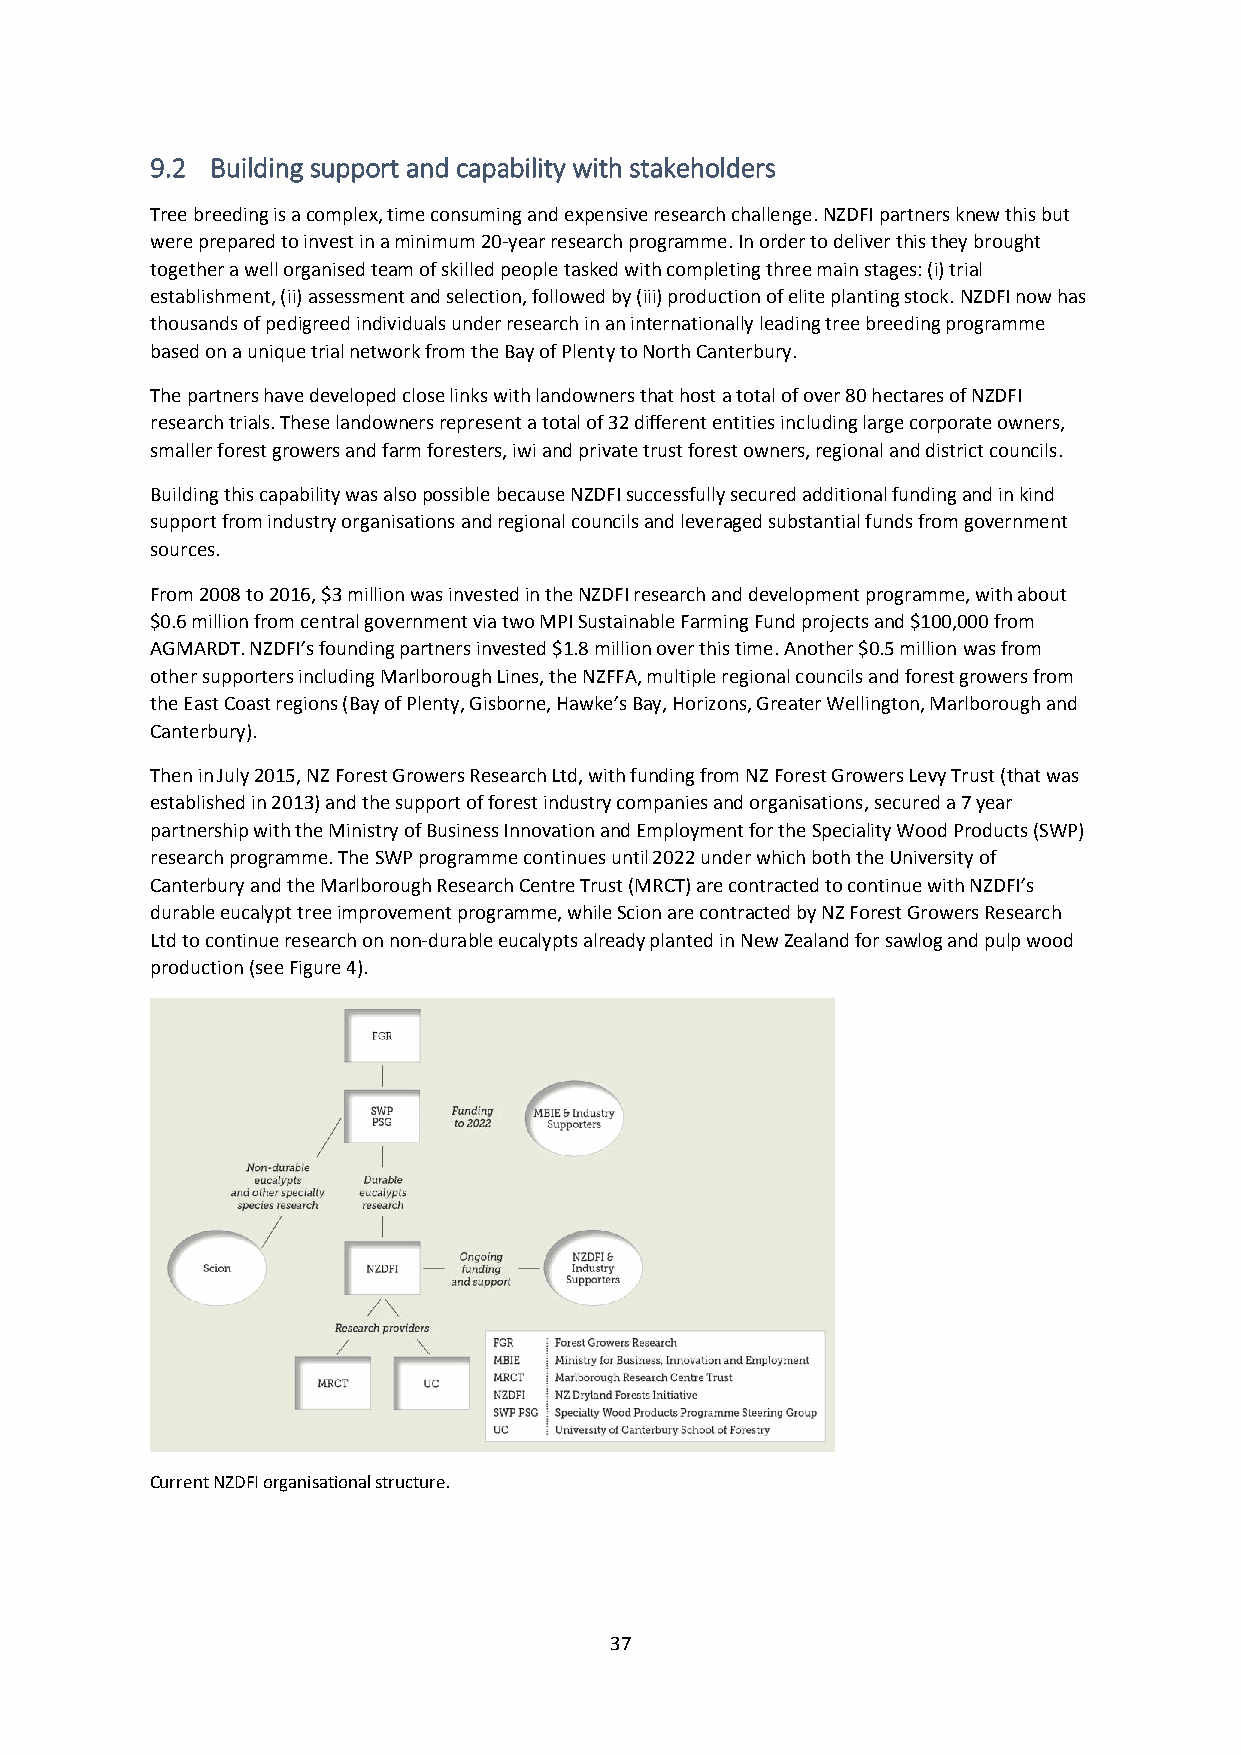
9.2 Building support and capability with stakeholders
 Tree breeding is a complex, time consuming and expensive research challenge. NZDFI partners knew this but
 were prepared to invest in a minimum 20-year research programme. In order to deliver this they brought
 together a well organised team of skilled people tasked with completing three main stages: (i) trial
 establishment, (ii) assessment and selection, followed by (iii) production of elite planting stock. NZDFI now has
 thousands of pedigreed individuals under research in an internationally leading tree breeding programme
 based on a unique trial network from the Bay of Plenty to North Canterbury.
 The partners have developed close links with landowners that host a total of over 80 hectares of NZDFI
 research trials. These landowners represent a total of 32 different entities including large corporate owners,
 smaller forest growers and farm foresters, iwi and private trust forest owners, regional and district councils.
 Building this capability was also possible because NZDFI successfully secured additional funding and in kind
 support from industry organisations and regional councils and leveraged substantial funds from government
 sources.
 From 2008 to 2016, $3 million was invested in the NZDFI research and development programme, with about
 $0.6 million from central government via two MPI Sustainable Farming Fund projects and $100,000 from
 AGMARDT. NZDFI’s founding partners invested $1.8 million over this time. Another $0.5 million was from
 other supporters including Marlborough Lines, the NZFFA, multiple regional councils and forest growers from
 the East Coast regions (Bay of Plenty, Gisborne, Hawke’s Bay, Horizons, Greater Wellington, Marlborough and
 Canterbury).
 Then in July 2015, NZ Forest Growers Research Ltd, with funding from NZ Forest Growers Levy Trust (that was
 established in 2013) and the support of forest industry companies and organisations, secured a 7 year
 partnership with the Ministry of Business Innovation and Employment for the Speciality Wood Products (SWP)
 research programme. The SWP programme continues until 2022 under which both the University of
 Canterbury and the Marlborough Research Centre Trust (MRCT) are contracted to continue with NZDFI’s
 durable eucalypt tree improvement programme, while Scion are contracted by NZ Forest Growers Research
 Ltd to continue research on non-durable eucalypts already planted in New Zealand for sawlog and pulp wood
 production (see Figure 4).
 Current NZDFI organisational structure.
 37